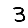
Digit: 3